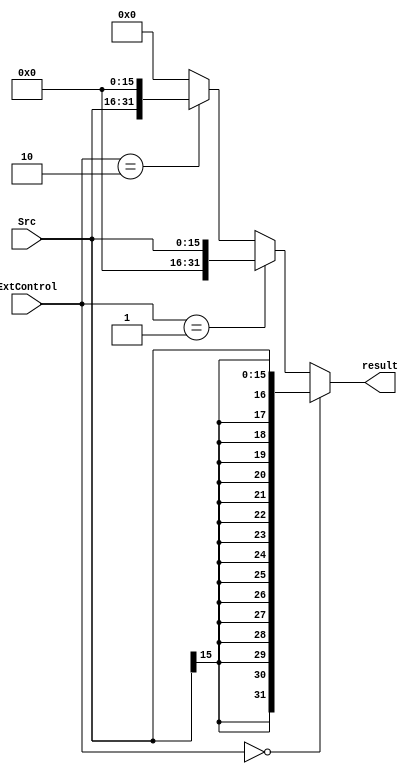
`timescale 1ns / 1ps
`define sig   2'b00
`define unsig 2'b01
`define lui   2'b10
module Extender( ExtControl, Src, result);
   input [1:0] ExtControl;
   input [15:0] Src;
   output [31:0] result;

	assign result = (ExtControl==`sig)  ? {{16{Src[15]}}, {Src[15:0]}}:
						 (ExtControl==`unsig)? {16'b0, {Src[15:0]}}        :
						 (ExtControl==`lui)?   {{Src[15:0]}, 16'b0}        :
													  32'h 0000_0000;
endmodule